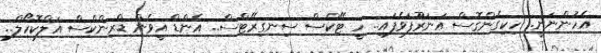
އެހުންނަނީ.. ހިކިގެންގޮސް އަނަރޫފަވެފައި.. ހީ ޓޭކްސް ސިނގިރޭޓްސް.. އެންޑް އީވެން ޑްރިންކްސް އަލްކޮހޯލް..